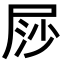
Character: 𡱳